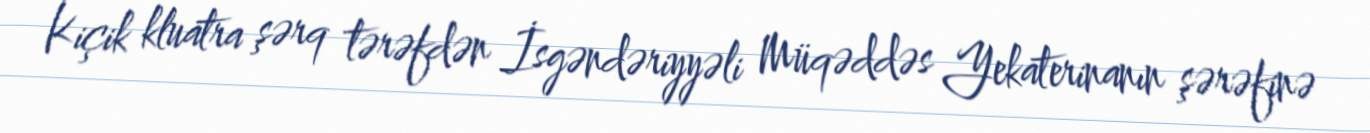
Kiçik kluatra şərq tərəfdən İsgəndəriyyəli Müqəddəs Yekaterinanın şərəfinə